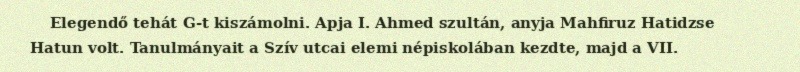
Elegendő tehát G-t kiszámolni. Apja I. Ahmed szultán, anyja Mahfiruz Hatidzse Hatun volt. Tanulmányait a Szív utcai elemi népiskolában kezdte, majd a VII.